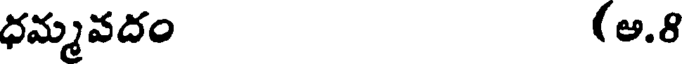
ధమ్మవదం (అ.8